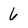
Character: 6